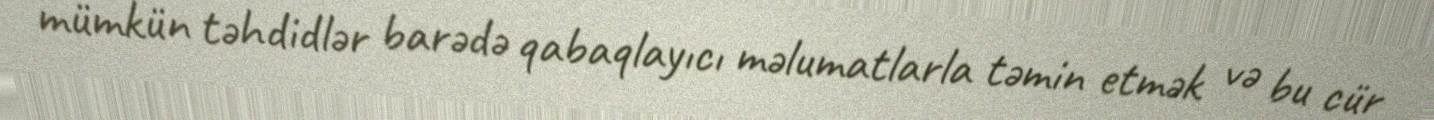
mümkün təhdidlər barədə qabaqlayıcı məlumatlarla təmin etmək və bu cür